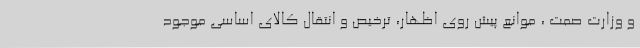
و وزارت صمت ، موانع پیش روی اظهار، ترخیص و انتقال کالای اساسی موجود